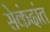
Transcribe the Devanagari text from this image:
सेकंदांत